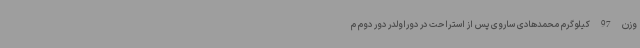
وزن 97 کیلوگرم محمدهادی ساروی پس از استراحت در دوراولدر دور دوم م